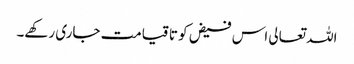
اللہ تعالی اس فیض کو تا قیامت جاری رکھے۔